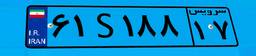
۶۱S۱۸۸۱۷